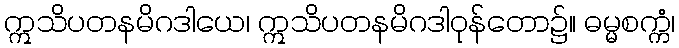
ဣသိပတနမိဂဒါယေ၊ ဣသိပတနမိဂဒါဝုန်တော၌။ ဓမ္မစက္ကံ၊